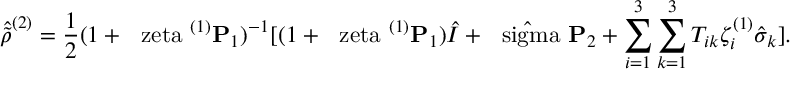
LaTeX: \hat { \tilde { \rho } } ^ { ( 2 ) } = \frac { 1 } { 2 } ( 1 + \mathrm { \boldmath ~ \ z e t a ~ } ^ { ( 1 ) } { \bf P } _ { 1 } ) ^ { - 1 } [ ( 1 + \mathrm { \boldmath ~ \ z e t a ~ } ^ { ( 1 ) } { \bf P } _ { 1 } ) \hat { I } + \hat { \mathrm { \boldmath ~ \ s i g m a ~ } } { \bf P } _ { 2 } + \sum _ { i = 1 } ^ { 3 } \sum _ { k = 1 } ^ { 3 } T _ { i k } \zeta _ { i } ^ { ( 1 ) } \hat { \sigma } _ { k } ] .